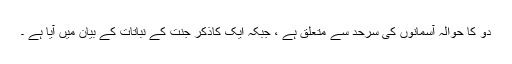
دو کا حوالہ آسمانوں کی سرحد سے متعلق ہے ، جبکہ ایک کاذکر جنت کے نباتات کے بیان میں آیا ہے ۔